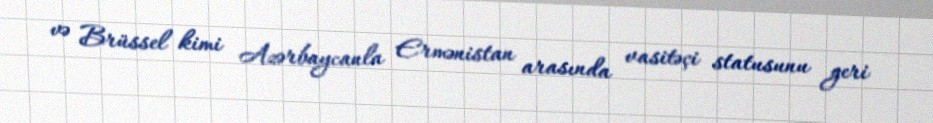
və Brüssel kimi Azərbaycanla Ermənistan arasında vasitəçi statusunu geri